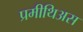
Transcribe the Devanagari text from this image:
प्रमीथिअस